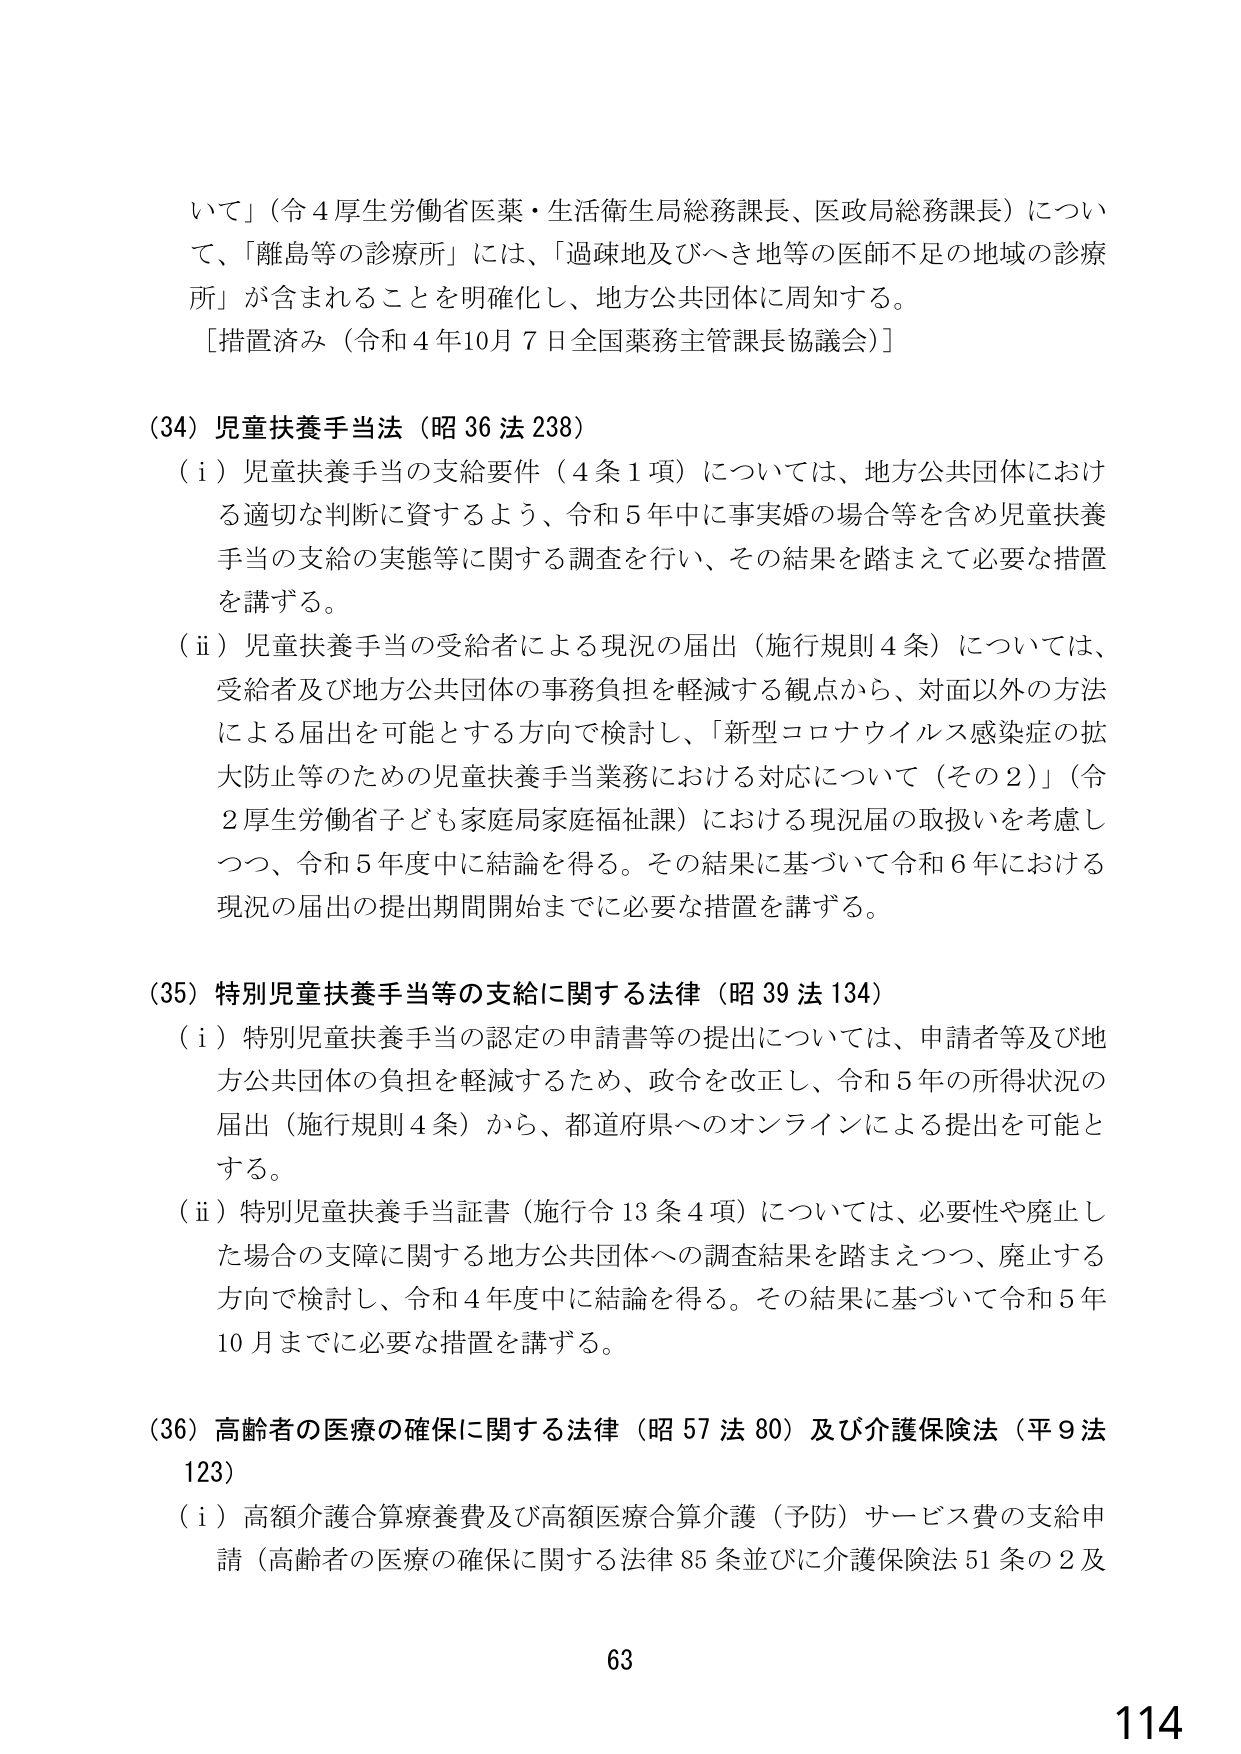
いて」（令４厚生労働省医薬・生活衛生局総務課長、医政局総務課長）について、「離島等の診療所」には、「過疎地及びへき地等の医師不足の地域の診療所」が含まれることを明確化し、地方公共団体に周知する。
［措置済み（令和４年10月７日全国薬務主管課長協議会）］

（34）児童扶養手当法（昭36法238）
（ⅰ）児童扶養手当の支給要件（4条1項）については、地方公共団体における適切な判断に資するよう、令和5年中に事実婚の場合等を含め児童扶養手当の支給の実態等に関する調査を行い、その結果を踏まえて必要な措置を講ずる。
（ⅱ）児童扶養手当の受給者による現況の届出（施行規則4条）については、受給者及び地方公共団体の事務負担を軽減する観点から、対面以外の方法による届出を可能とする方向で検討し、「新型コロナウイルス感染症の拡大防止等のための児童扶養手当業務における対応について（その2）」（令2厚生労働省子ども家庭局家庭福祉課）における現況届の取扱いを考慮しつつ、令和5年度中に結論を得る。その結果に基づいて令和6年における現況の届出の提出期間開始までに必要な措置を講ずる。

（35）特別児童扶養手当等の支給に関する法律（昭39法134）
（ⅰ）特別児童扶養手当の認定の申請書等の提出については、申請者等及び地方公共団体の負担を軽減するため、政令を改正し、令和5年の所得状況の届出（施行規則4条）から、都道府県へのオンラインによる提出を可能とする。
（ⅱ）特別児童扶養手当証書（施行令13条4項）については、必要性や廃止した場合の支障に関する地方公共団体への調査結果を踏まえつつ、廃止する方向で検討し、令和4年度中に結論を得る。その結果に基づいて令和5年10月までに必要な措置を講ずる。

（36）高齢者の医療の確保に関する法律（昭57法80）及び介護保険法（平9法123）
（ⅰ）高額介護合算療養費及び高額医療合算介護（予防）サービス費の支給申請（高齢者の医療の確保に関する法律85条並びに介護保険法51条の2及

63
114